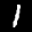
Label: 1